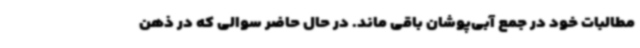
مطالبات خود در جمع آبی‌پوشان باقی ماند. در حال حاضر سوالی که در ذهن